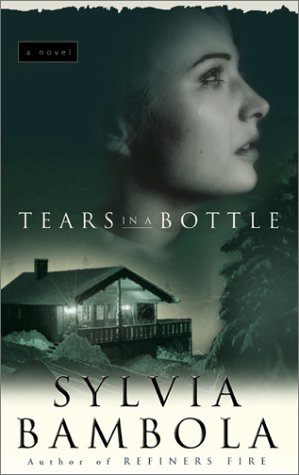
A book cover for Tears in a Bottle; Sylvia Bambola; Religion & Spirituality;